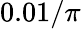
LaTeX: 0.01/\pi